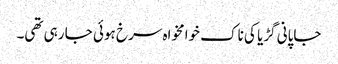
جاپانی گڑیا کی ناک خوامخواہ سرخ ہوئی جا رہی تھی۔